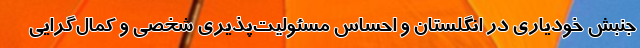
جنبش خودیاری در انگلستان و احساس مسئولیت‌پذیری شخصی و کمال‌گرایی